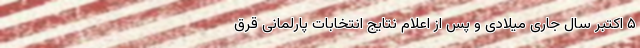
۵ اکتبر سال جاری میلادی و پس از اعلام نتایج انتخابات پارلمانی قرق